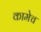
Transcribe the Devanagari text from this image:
कामेच